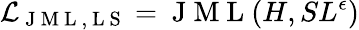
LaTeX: \mathcal{L}_{\mathrm{~J~M~L~,~L~S~}}=\mathrm{~J~M~L~}(H,SL^{\epsilon})